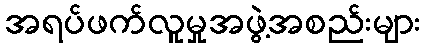
အရပ်ဖက်လူမှုအဖွဲ့အစည်းများ